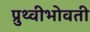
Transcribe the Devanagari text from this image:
प्रुथ्वीभोवती